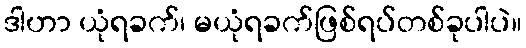
ဒါဟာ ယုံရခက်၊ မယုံရခက်ဖြစ်ရပ်တစ်ခုပါပဲ။